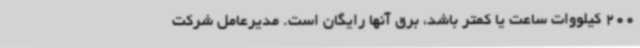
200 کیلووات ساعت یا کمتر باشد، برق آنها رایگان است. مدیرعامل شرکت